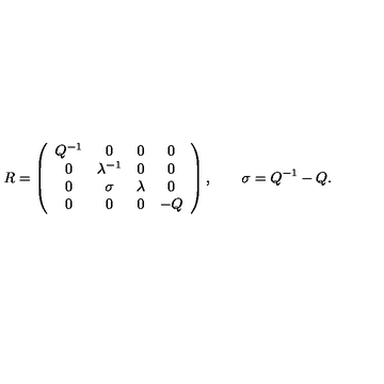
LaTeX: R = \left( \begin{array} { c c c c } { Q ^ { - 1 } } & { 0 } & { 0 } & { 0 } \\ { 0 } & { \lambda ^ { - 1 } } & { 0 } & { 0 } \\ { 0 } & { \sigma } & { \lambda } & { 0 } \\ { 0 } & { 0 } & { 0 } & { - Q } \\ \end{array} \right) , \qquad \sigma = Q ^ { - 1 } - Q .